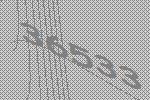
36533